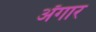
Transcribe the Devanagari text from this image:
अँगार